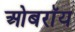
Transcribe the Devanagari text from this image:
ओबराॅय